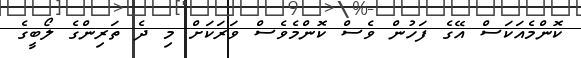
ކޮންމެއަކަސް އޭގެ ފަހުން ވެސް ކޮންމެވެސް ވަރަކަށް މި ދެ ތަރިންގެ ލޯބީގެ